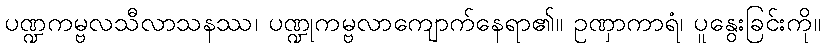
ပဏ္ဍကမ္ဗလသီလာသနဿ၊ ပဏ္ဍုကမ္ဗလာကျောက်နေရာ၏။ ဥဏှာကာရံ၊ ပူနွေးခြင်းကို။